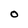
Character: O